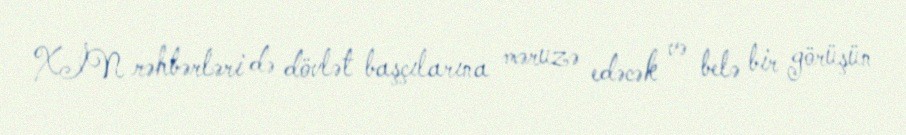
XİN rəhbərləri də dövlət başçılarına məruzə edəcək və belə bir görüşün